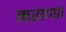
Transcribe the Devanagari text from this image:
मराण्डा